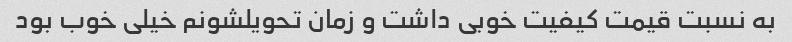
به نسبت قیمت کیفیت خوبی داشت و زمان تحویلشونم خیلی خوب بود